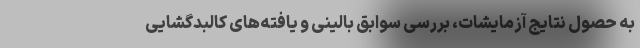
به حصول نتایج آزمایشات، بررسی سوابق بالینی و یافته‌های کالبدگشایی